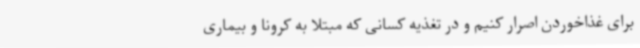
برای غذاخوردن اصرار کنیم و در تغذیه کسانی که مبتلا به کرونا و بیماری